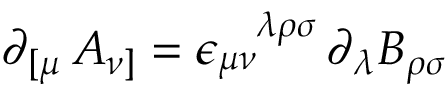
\partial _ { [ \mu } \, A _ { \nu ] } = \epsilon _ { \mu \nu } ^ { \phantom { \mu \nu } \lambda \rho \sigma } \, \partial _ { \lambda } B _ { \rho \sigma }